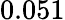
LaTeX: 0.051